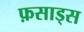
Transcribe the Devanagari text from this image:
फ़साड्स